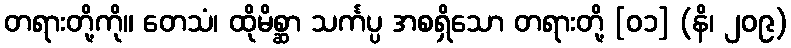
တရားတို့ကို။ တေသံ၊ ထိုမိစ္ဆာ သင်္ကပ္ပ အစရှိသော တရားတို့ [၀၁] (နိ၊ ၂၀၉)